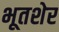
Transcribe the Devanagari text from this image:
भूतशेर